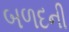
બળદની